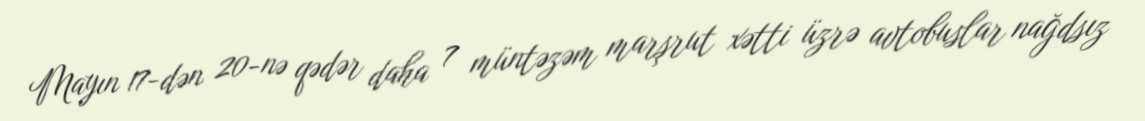
Mayın 17-dən 20-nə qədər daha 7 müntəzəm marşrut xətti üzrə avtobuslar nağdsız